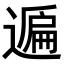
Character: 𨖠